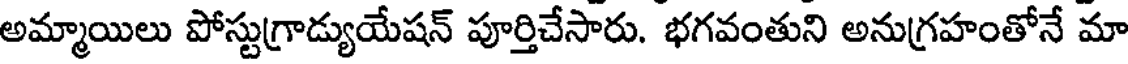
అమ్మాయిలు పోస్టుగ్రాడ్యుయేషన్ పూర్తిచేసారు. భగవంతుని అనుగ్రహంతోనే మా